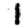
Digit: 1